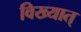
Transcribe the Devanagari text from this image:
विख्यात्